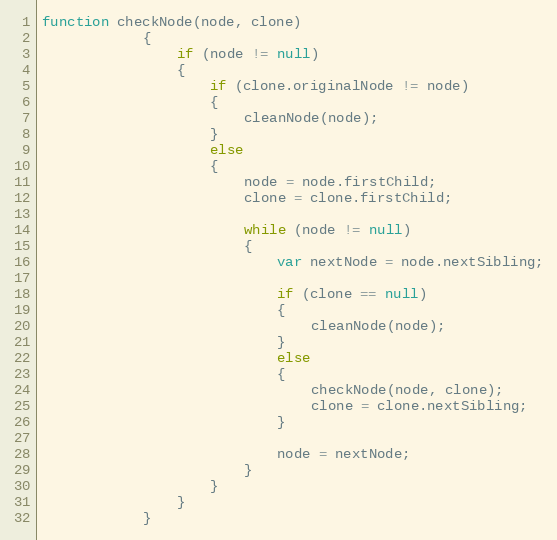
Language: JavaScript
function checkNode(node, clone)
			{
				if (node != null)
				{
					if (clone.originalNode != node)
					{
						cleanNode(node);
					}
					else
					{
						node = node.firstChild;
						clone = clone.firstChild;

						while (node != null)
						{
							var nextNode = node.nextSibling;

							if (clone == null)
							{
								cleanNode(node);
							}
							else
							{
								checkNode(node, clone);
								clone = clone.nextSibling;
							}

							node = nextNode;
						}
					}
				}
			}